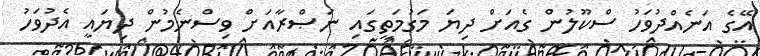
އޭގެ އަނެއްދުވަހު ސްކޫލުން ގެއަށް ދިޔަ މަގުމަތީގައި ނަޞްރާއަށް ވިސްނެމުން ދިޔައީ އެދުވަހު